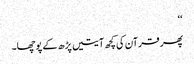
‘‘
پھر قرآن کی کچھ آیتیں پڑھ کے پوچھا۔